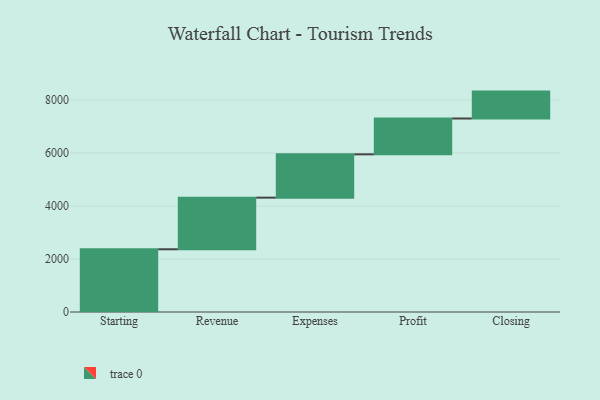
{"axis": {"x": "Step", "y": "Value"}, "legend": [""], "data": [{"x": "Starting", "y": 2367.0, "type": ""}, {"x": "Revenue", "y": 1948.0, "type": ""}, {"x": "Expenses", "y": 1635.0, "type": ""}, {"x": "Profit", "y": 1352.0, "type": ""}, {"x": "Closing", "y": 1015.0, "type": ""}]}